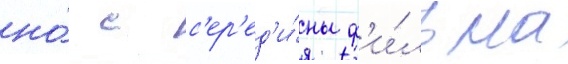
но́ с с'ер'ед'и́ны ф'и́льма